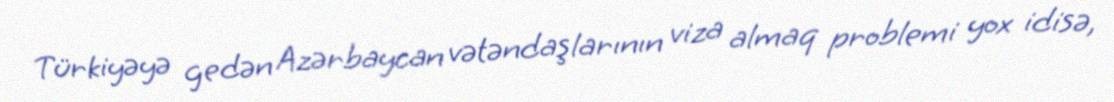
Türkiyəyə gedən Azərbaycan vətəndaşlarının viza almaq problemi yox idisə,